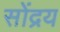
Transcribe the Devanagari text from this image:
सोंद्रय